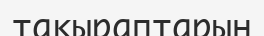
тақыраптарын